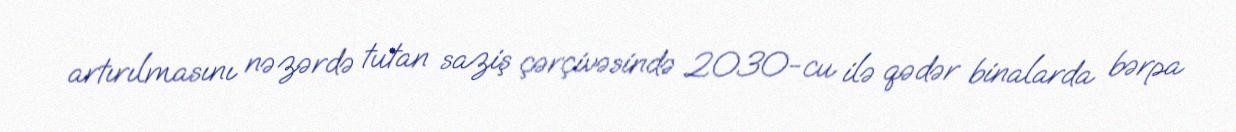
artırılmasını nəzərdə tutan saziş çərçivəsində 2030-cu ilə qədər binalarda bərpa